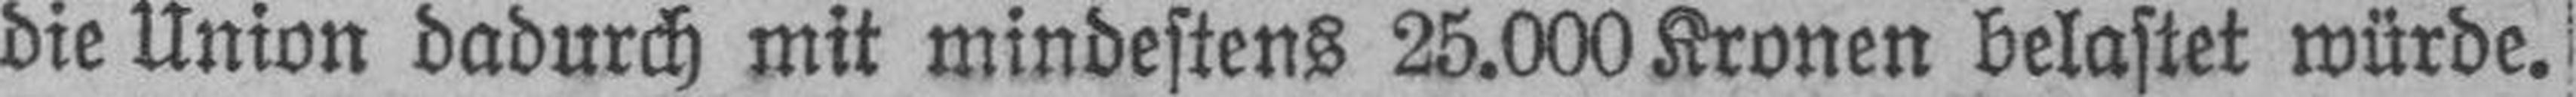
die Union dadurch mit mindestens 25.000 Kronen belastet würde.